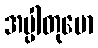
အပ္ပါတုမော